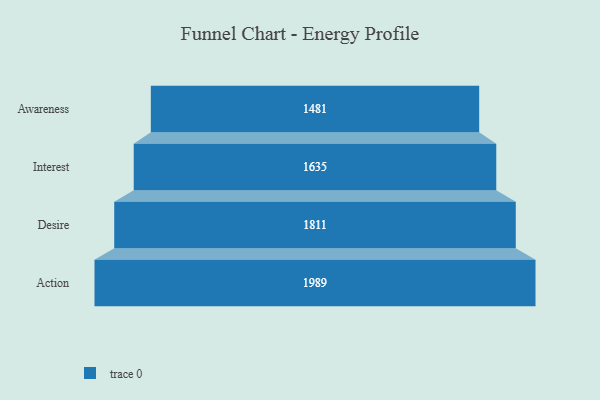
{"axis": {"x": "Stage", "y": "Value"}, "legend": [""], "data": [{"x": "Awareness", "y": 1481.0, "type": ""}, {"x": "Interest", "y": 1635.0, "type": ""}, {"x": "Desire", "y": 1811.0, "type": ""}, {"x": "Action", "y": 1989.0, "type": ""}]}